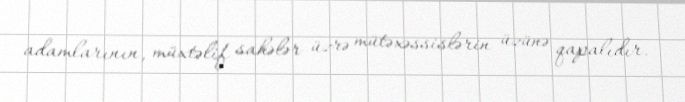
adamlarının, müxtəlif sahələr üzrə mütəxəssislərin üzünə qapalıdır.